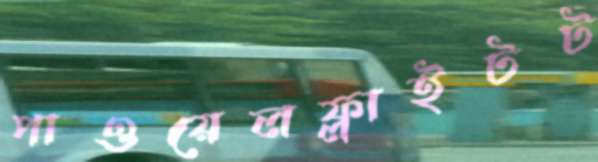
পাওয়েলফ্লাইটট